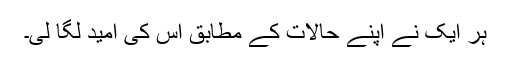
ہر ایک نے اپنے حالات کے مطابق اس کی امید لگا لی۔